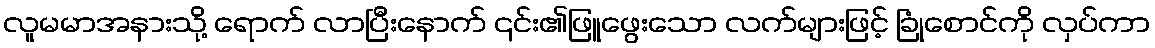
လူမမာအနားသို့ ရောက် လာပြီးနောက် ၎င်း၏ဖြူဖွေးသော လက်များဖြင့် ခြုံစောင်ကို လှပ်ကာ